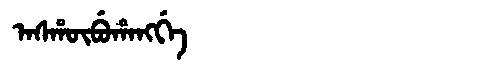
Manchu: ᠠᠰᡥᡡᠪᡠᡥᠠᠩᡤᡝ
Romanization: ASHŪBUHANGGE